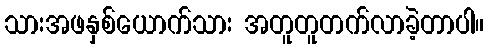
သားအဖနှစ်ယောက်သား အတူတူတက်လာခဲ့တာပါ။